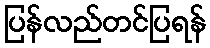
ပြန်လည်တင်ပြရန်